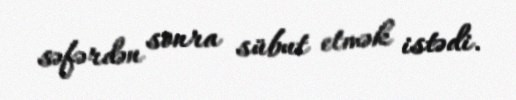
səfərdən sonra sübut etmək istədi.